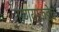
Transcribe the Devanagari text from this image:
गाण्याकडेच